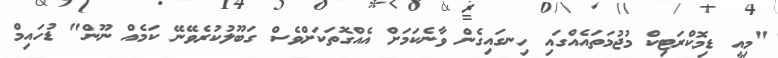
"މިއީ ޑިމޮކްރަޓިކް މުޖުމަތައެއްގައި ހިނގައިގެން ވާނެކަމަށް އެއްގޮތަކަށްވެސް ގަބޫލުކުރެވޭނޭ ކަމެއް ނޫން" ޑުހައިމް